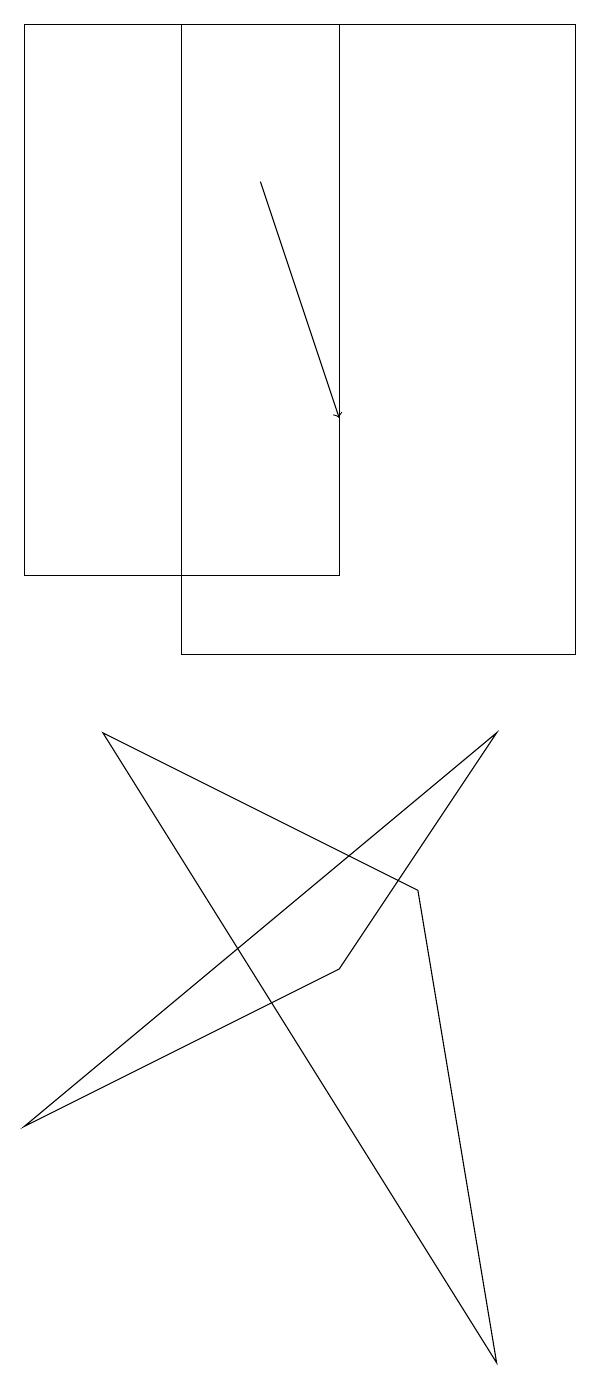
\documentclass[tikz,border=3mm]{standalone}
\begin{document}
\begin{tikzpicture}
\draw (0,11) rectangle (4,18);
\draw (5,7) -- (6,1) -- (1,9) -- cycle;
\draw (2,10) rectangle (7,18);
\draw[->] (3,16) -- (4,13);
\draw (6,9) -- (4,6) -- (0,4) -- cycle;
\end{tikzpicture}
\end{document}